Indian journal of veterinary science and animal husbandry - Volume 3,
Year: 1933
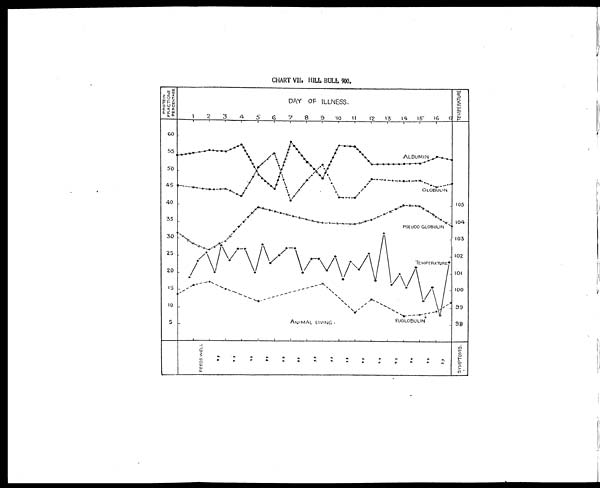
CHART VII. HILL BULL 900.